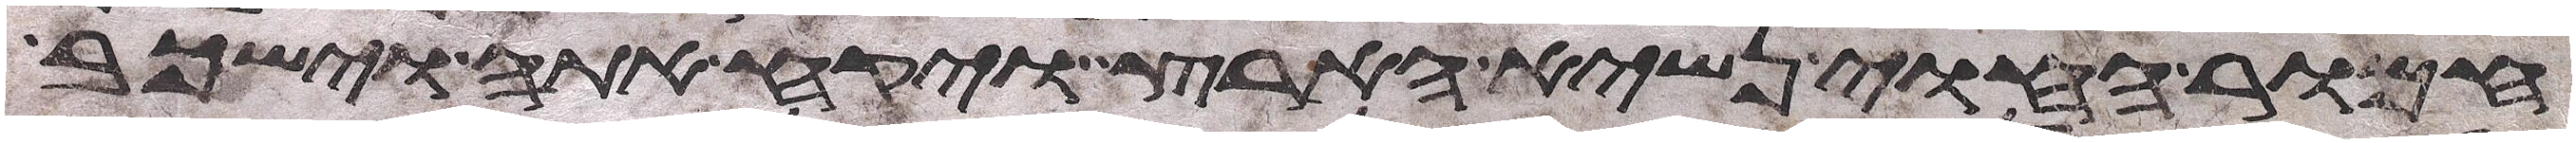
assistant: חמור החוי נשיא הארץ ויקח אתה וישכב